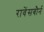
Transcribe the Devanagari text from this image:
रावेंसबौर्न